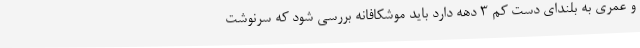
و عمری به بلندای دست کم ۳ دهه دارد باید موشکافانه بررسی شود که سرنوشت